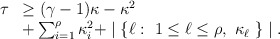
\begin{align*}\begin{array}{rl}\tau & \geq (\gamma -1) \kappa - \kappa^2 \\ & + \sum_{i=1}^{\rho} \kappa_i^2 + \mid \{ \ell :~ 1 \leq \ell \leq \rho ,~ \kappa_{\ell} ~ \} \mid.\end{array}\end{align*}